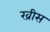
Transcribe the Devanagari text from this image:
ख्रीस